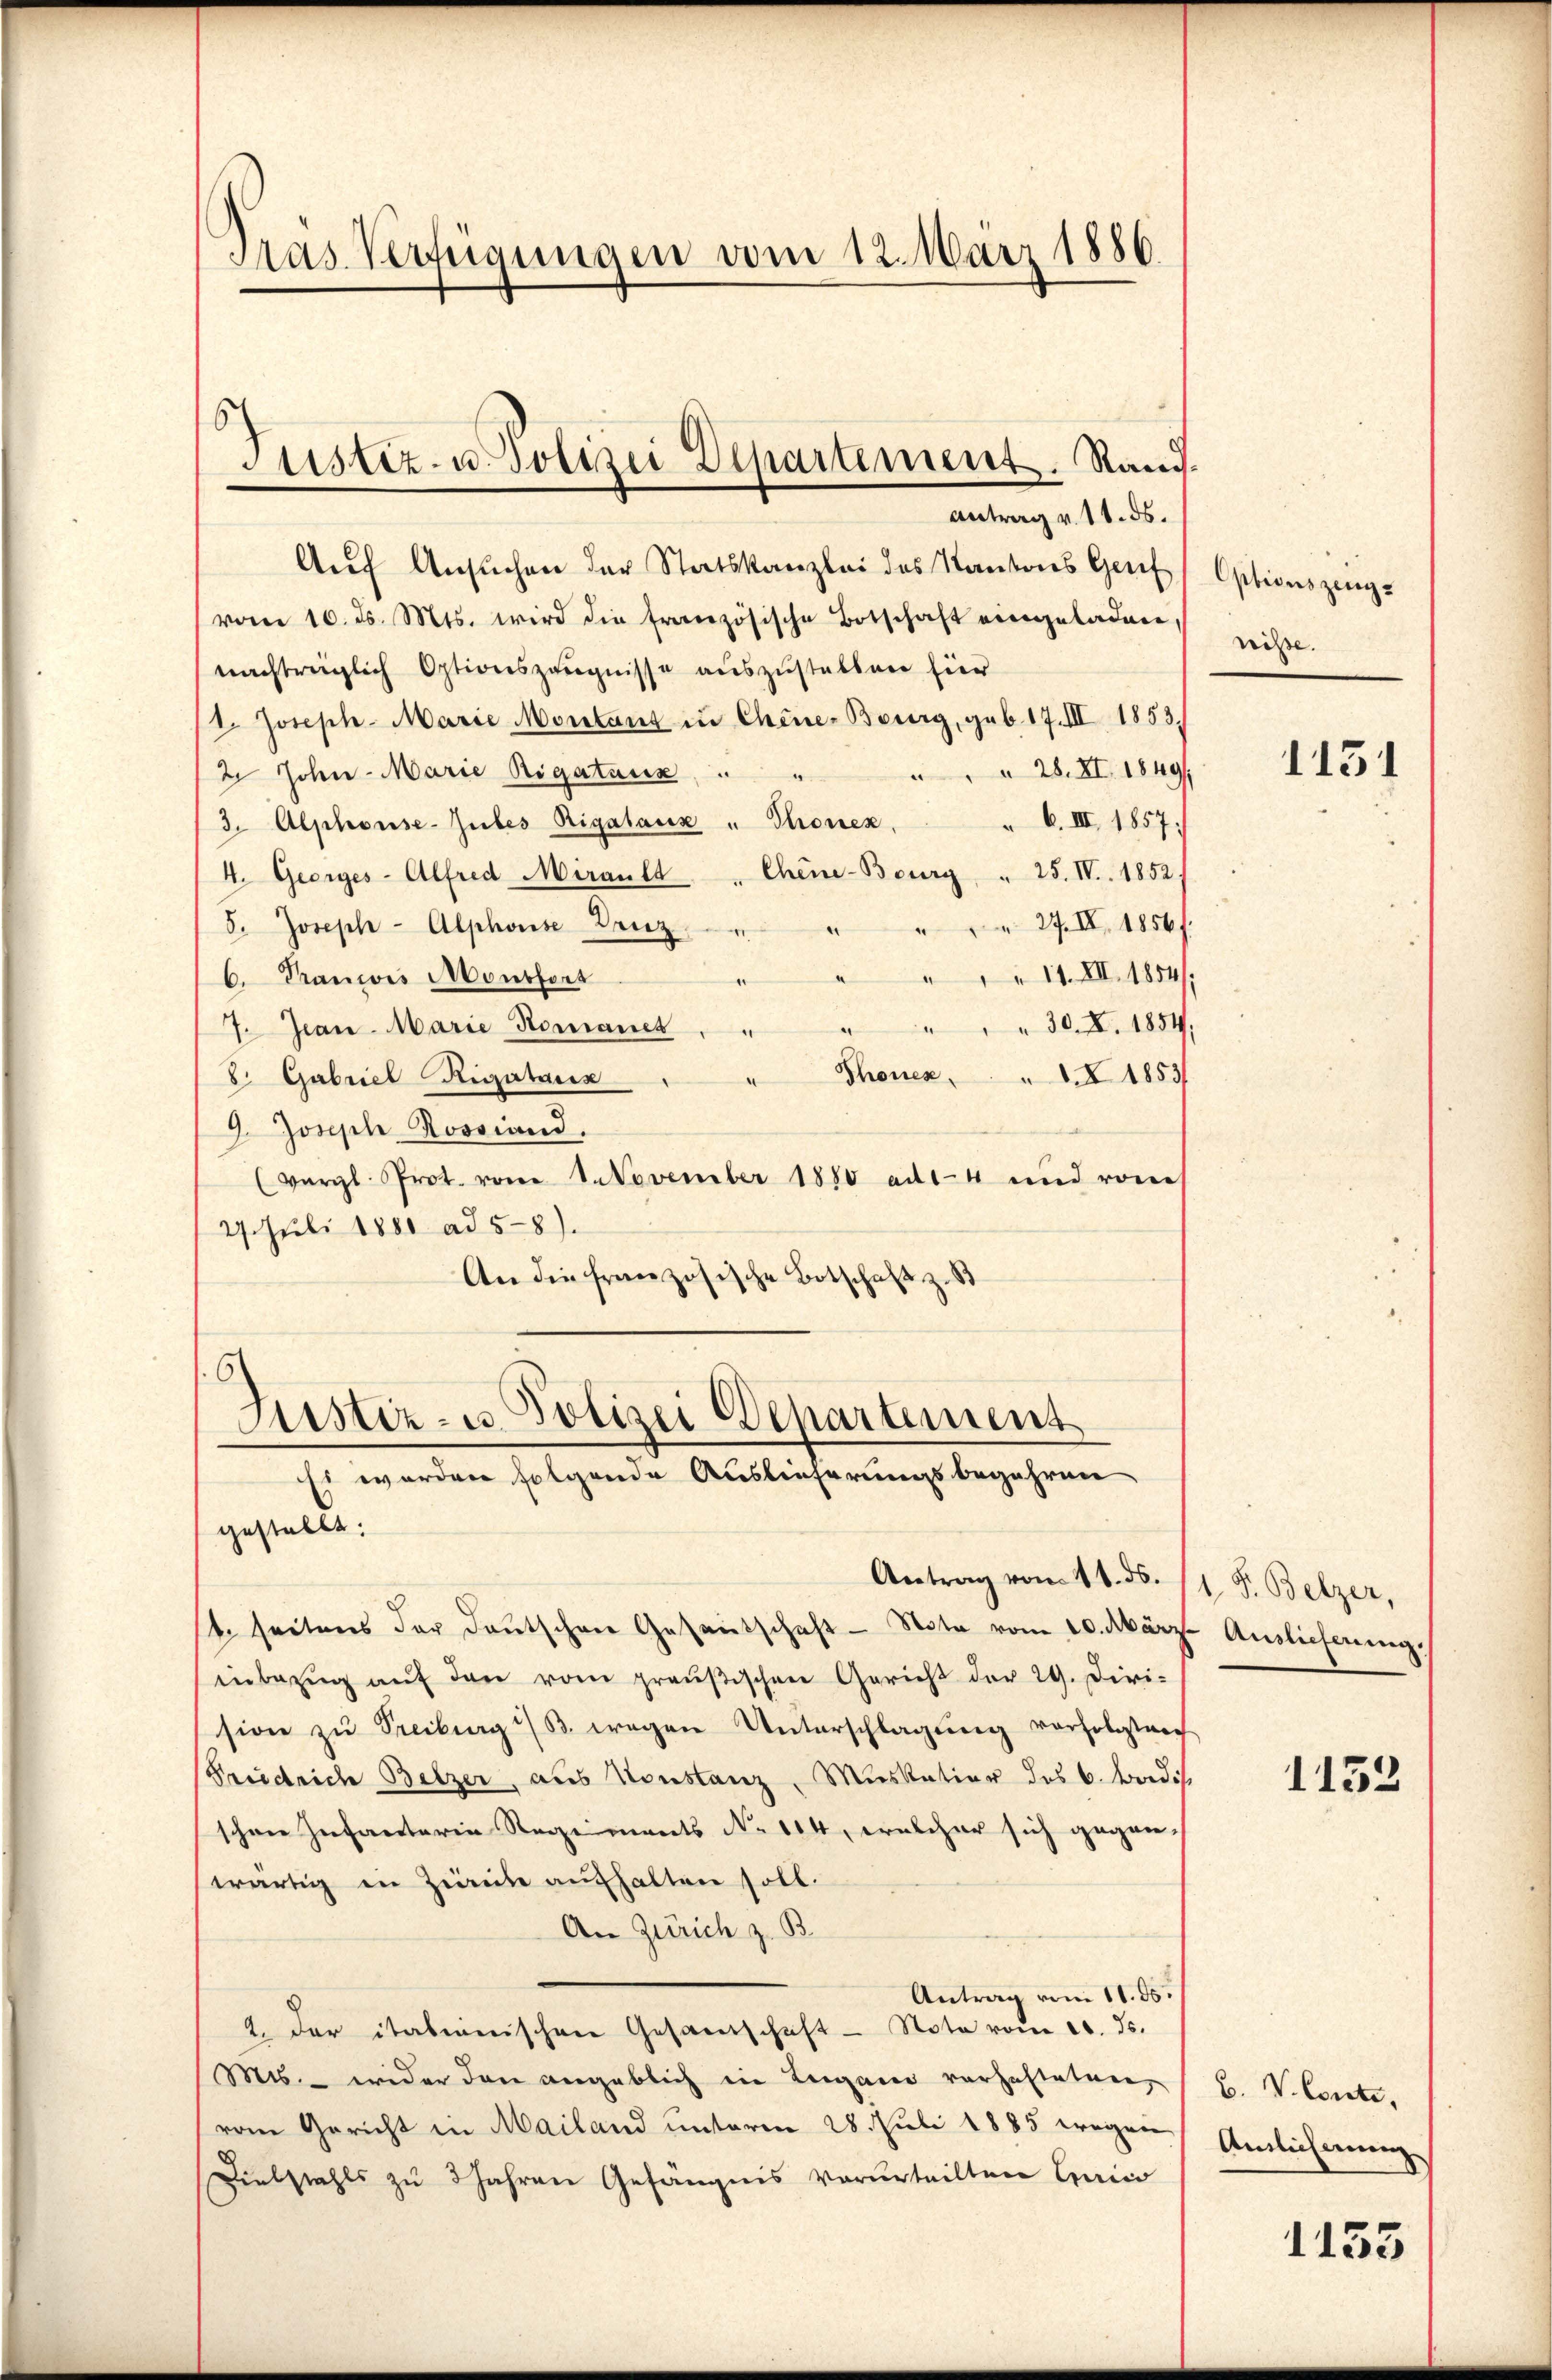
Pras. Verfügungen vom 12. März 1886

Justiz- u. Polizei Departement. Rand.

Antrag v. 11. ds.
Aŭf Ansuchen der Statskanzlei des Kantons Genf ( Optionszeugvom 10. ds. Mts. wird die französische Botschaft eingeladen reiße.
nachträglich Optionszeugnisse auszustellen hier
1. Joseph Marie Montant in Chine-Bourg, geb. 17. III 1853.
 28. XI. 1849
2 John Marie Rigatuus
6. III. 1857.
3. Alphonse-Jubes Rigalanz " Thonen,
4. Georges - Alfred Mirault " Chine-Bourg " 25. IV. 1852,
" " " 27. IV, 1856 f.
5. Joseph-Alphonse Dreiz u.
" " " 11. XII. 1854/
6. Praniis Monsfors
7. Jan. Marie Komanet. " " " " " 30. X. 1854,
" Thonen I 1853
8. Gabriel Rigataris
9. Joseph Rossiand.
(vergl. Prot. vom 1. November 1880 ad14 und von
27. Juli 1880 ad 5-8).
An die französische Botschaft z. B

Justiz- u. Polizei Departement
Ei worden folgende Auslieferungsbegehren

gestellt:
Antrag vom 11. ds. 11. F. Belzer,
t. seitens der deŭtschen Gesantschaft - Note vom 10. März. Auslieferŭng.
inbezŭg aŭf den vom preußischen Gericht der 29. Diri-
sion zŭ Freiburg i/B. wegen Unterschlagung vorfolgleich
Friedrich Belzer, aus Konstanz, Muskation des 6. Badis
schen Infanterin Regiments No 104, welcher sich gegen-
wärtig in Zwecke aufhalten soll.
An Zürich z. B.
Antrag vom 11. ds.
2. der itationischen Gesandschaft - Note vom 10. Js.
Mts. wider den angeblich in Lugano verhafteten,
vom Gericht in Mailand unterm 28. Juli 1885 wegen
Dielstahls zu 3 Jahren Gefängnis verurteilten Craic

1151

1153

B. V. Conti,
Antlicherung

1153